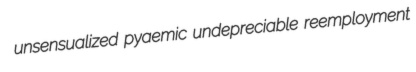
unsensualized pyaemic undepreciable reemployment